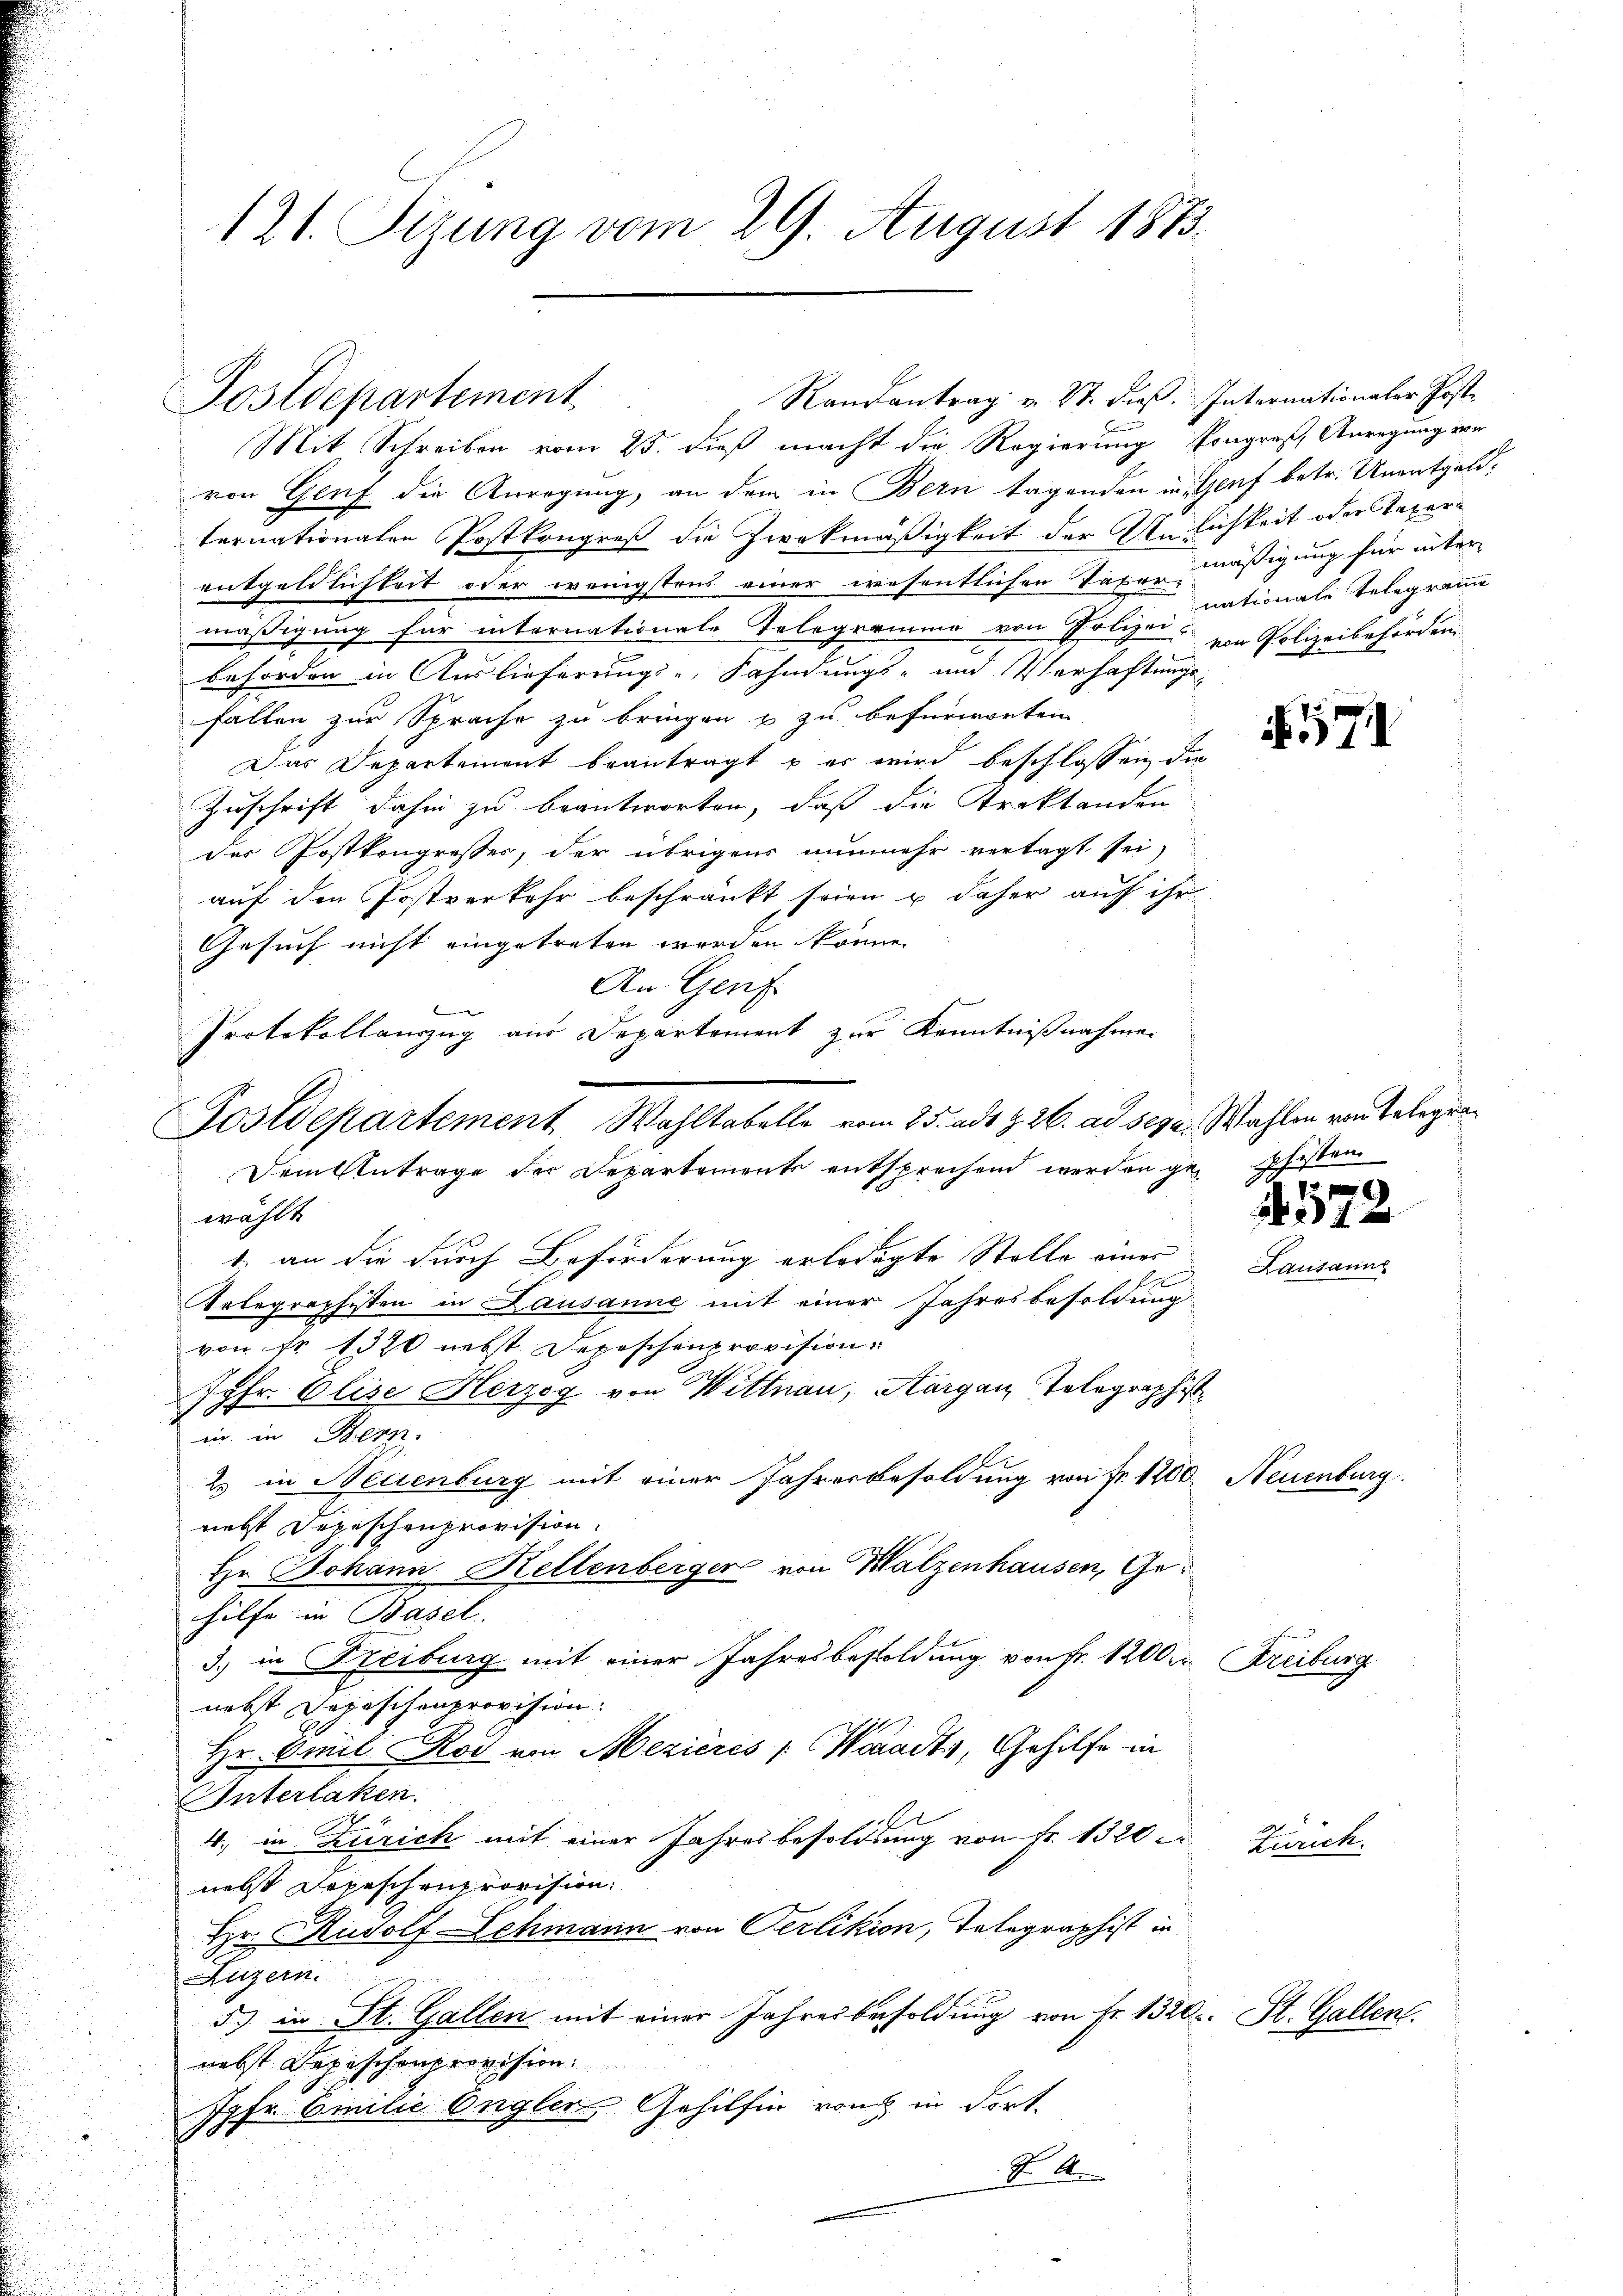
121. Sizung vom 29. August 1873.

Randantrag v. St. dieß. Internationaler Post¬
Postdepartement

Mit Schreiben vom 25. dieß macht die Regierung kongreß Anregung von
von Genf die Anregung, an dem in Bern tagenden in Genf betr. Unentgeldternationalen Postkongreß die Zweckmäßigkeit der Anlichkeit oder Taxerentgeldlichkeit oder wenigstens einer wesentlichen Taxen mäßigung für inter-
mäßigung für internationale Telegering von Polizei von Polizeibehörden
behörden in Auslieferungs-, Fahndungs- und Verhaftungs-
fallen zur Sprache zu bringen & zu befürworten
Das Departement beantragt & er wird beschlossen die
Zuschrift dahin zu beantworten, daß die Traktanden
der Postkongresser, der übrigens nunmehr vertagt sei,
auf den Postverkehr beschränkt seien u daher auf ihr
Gesuch nicht eingetreten werden könne.
An Genf
Protokollauszug aus Departement zur Kenntnißnahmen
wählt
1) an die durch Beförderung erledigte Stelle einer
Telegraphisten in Lausanne mit einer Jahresbesoldung
von Fr. 1320 nebst Depeschenprovision.
Jgfr. Elise Herzog von Wittnau, Aargau, Telegraphist
in in Bern.
2. in Neuenburg mit einer Jahresbesoldung von Fr. 1200. Neuenburg.
nett Depeschenprovision.
Hr. Johann Kellenberger von Walzenhausen, Gehilfe in Basel.
3.) in Freiburg mit einer Jahresbesoldung von Fr. 1200. Freiburg
nebst Depeschenprovision.
Hr. Omil Rod von Mezières : Waadt, Gehilfe in
Interlaken.
4. in Zürich mit einer Jahresbesoldung von Fr. 1320
nebst Depeschenprovision.
Hr. Rudolf Schmann von Oerlikion, Telegraphist in
Luzern.
5.) in St. Gallen mit einer Jahresbesoldung von Fr. 1320. St. Gallen.
nebst Depischenprovision.
Jpfr. Emilie Ongler, Gehilfen von in dort.
 A

Postdepartement Wohltabelle vom 25. ad Z. 26. ad seyn. Wahlen von Telegra¬
Dem Antrage der Departemente entsprechend werden gepfisten

nationale Telegramm

e

572

71

Zürich.